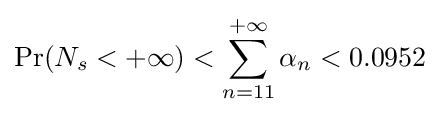
\Pr(N_{s}<+\infty )<\sum _{n=11}^{+\infty }\alpha _{n}<0.0952